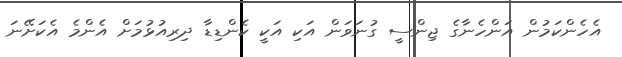
އެހެންކަމުން އަންހެނާގެ ޖިންސީ ގުނަވަން އަކި އަކީ ކެންޑިޑާ ދިރިއުޅުމަށް އެންމެ އެކަށޭނަ